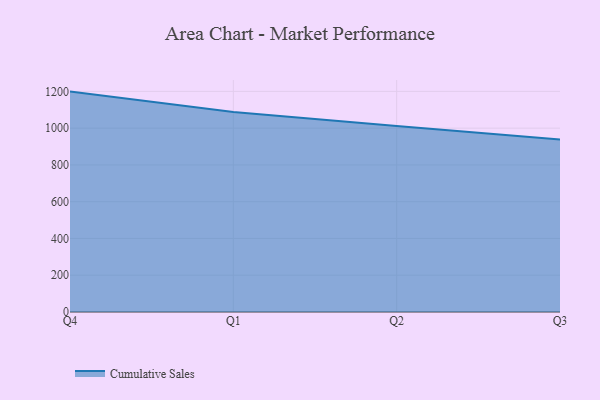
{"axis": {"x": "Quarter", "y": "Churn Rate (%)"}, "legend": ["Cumulative Sales"], "data": [{"x": "Q4", "y": 1198.8, "type": "Cumulative Sales"}, {"x": "Q1", "y": 1087.7, "type": "Cumulative Sales"}, {"x": "Q2", "y": 1012.2, "type": "Cumulative Sales"}, {"x": "Q3", "y": 938.5, "type": "Cumulative Sales"}]}